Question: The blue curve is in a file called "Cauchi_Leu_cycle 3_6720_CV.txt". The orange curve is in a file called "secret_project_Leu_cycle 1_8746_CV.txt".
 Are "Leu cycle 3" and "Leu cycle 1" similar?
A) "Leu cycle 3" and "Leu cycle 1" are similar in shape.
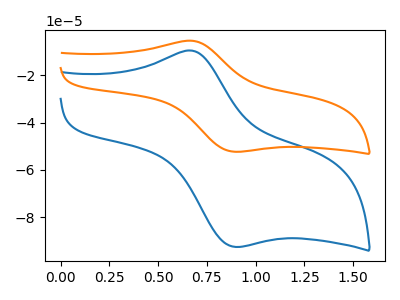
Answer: <think>The blue curve "Leu cycle 3" has an anodic peak at (0.70V, -9.70uA) and a cathodic peak at (0.90V, -92.50uA). The orange curve "Leu cycle 1" has an anodic peak at (0.70V, -5.50uA) and a cathodic peak at (0.90V, -52.30uA).
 All the peaks in "Leu cycle 3" have a peak in "Leu cycle 1" at the same potential.</think>
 <answer>A) "Leu cycle 3" and "Leu cycle 1" are similar in shape.</answer>
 <eval>A</eval>